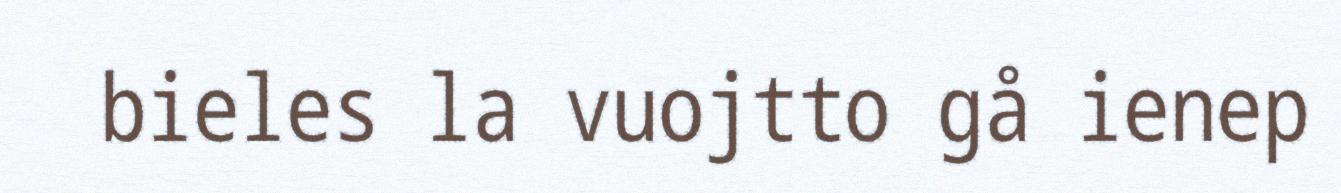
bieles la vuojtto gå ienep